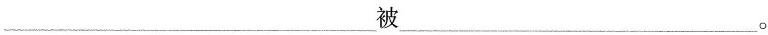
___被___。